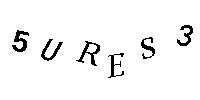
5URES3